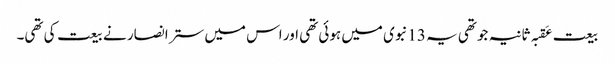
بیعت عَقبہ ثانیہ جو تھی یہ 13نبوی میں ہوئی تھی اور اس میں ستر انصار نے بیعت کی تھی۔